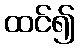
ထင်၍